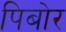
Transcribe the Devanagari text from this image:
पिबोर